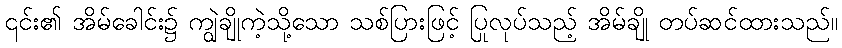
၎င်း၏ အိမ်ခေါင်း၌ ကျွဲချိုကဲ့သို့သော သစ်ပြားဖြင့် ပြုလုပ်သည့် အိမ်ချို တပ်ဆင်ထားသည်။